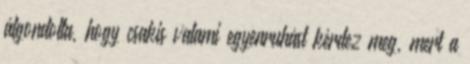
átgondolta, hogy csakis valami egyenruhást kérdez meg, mert a